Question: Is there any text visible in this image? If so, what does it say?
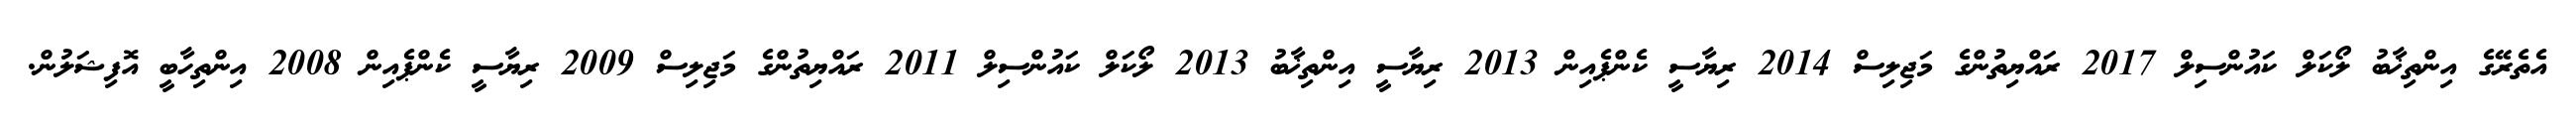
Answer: އެތެރޭގެ އިންތިޚާބު ލޯކަލް ކައުންސިލް 2017 ރައްޔިތުންގެ މަޖިލިސް 2014 ރިޔާސީ ކެންޕެއިން 2013 ރިޔާސީ އިންތިޚާބު 2013 ލޯކަލް ކައުންސިލް 2011 ރައްޔިތުންގެ މަޖިލިސް 2009 ރިޔާސީ ކެންޕެއިން 2008 އިންތިހާބީ އޮފިޝަލުން.